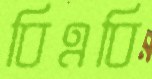
বিএবি